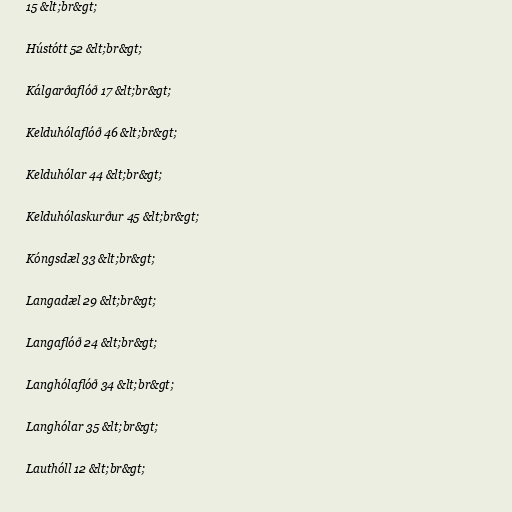
15 &lt;br&gt;

Hústótt 52 &lt;br&gt;

Kálgarðaflóð 17 &lt;br&gt;

Kelduhólaflóð 46 &lt;br&gt;

Kelduhólar 44 &lt;br&gt;

Kelduhólaskurður 45 &lt;br&gt;

Kóngsdæl 33 &lt;br&gt;

Langadæl 29 &lt;br&gt;

Langaflóð 24 &lt;br&gt;

Langhólaflóð 34 &lt;br&gt;

Langhólar 35 &lt;br&gt;

Lauthóll 12 &lt;br&gt;